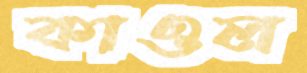
কাওল